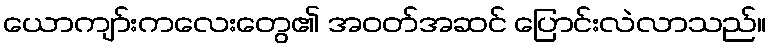
ယောကျာ်းကလေးတွေ၏ အဝတ်အဆင် ပြောင်းလဲလာသည်။